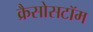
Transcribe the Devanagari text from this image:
क्रैसोसटॉम